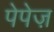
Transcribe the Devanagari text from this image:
पेपेज़